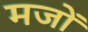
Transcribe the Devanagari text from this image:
मजों